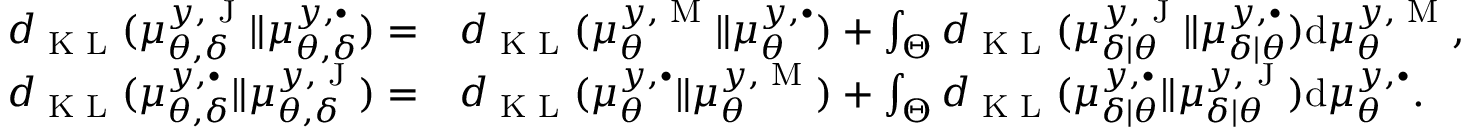
\begin{array} { r l } { d _ { \textup { K L } } ( \mu _ { \theta , \delta } ^ { y , \textup { J } } \Vert \mu _ { \theta , \delta } ^ { y , \bullet } ) = } & { d _ { \textup { K L } } ( \mu _ { \theta } ^ { y , \textup { M } } \Vert \mu _ { \theta } ^ { y , \bullet } ) + \int _ { \Theta } d _ { \textup { K L } } ( \mu _ { \delta | \theta } ^ { y , \textup { J } } \Vert \mu _ { \delta | \theta } ^ { y , \bullet } ) \mathrm { d } \mu _ { \theta } ^ { y , \textup { M } } , } \\ { d _ { \textup { K L } } ( \mu _ { \theta , \delta } ^ { y , \bullet } \Vert \mu _ { \theta , \delta } ^ { y , \textup { J } } ) = } & { d _ { \textup { K L } } ( \mu _ { \theta } ^ { y , \bullet } \Vert \mu _ { \theta } ^ { y , \textup { M } } ) + \int _ { \Theta } d _ { \textup { K L } } ( \mu _ { \delta | \theta } ^ { y , \bullet } \Vert \mu _ { \delta | \theta } ^ { y , \textup { J } } ) \mathrm { d } \mu _ { \theta } ^ { y , \bullet } . } \end{array}